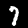
Label: 7